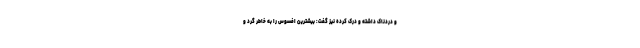
و دردناک داشته و درک کرده نیز گفت: بیشترین افسوس را به خاطر گرد و